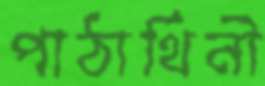
পাঠার্থিনী